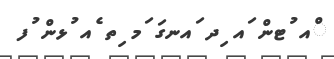
ްއ ުޓން ައ ިދ ައނގަ ަމ ިތ ެއ ުޅން ުފ